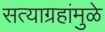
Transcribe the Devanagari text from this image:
सत्याग्रहांमुळे